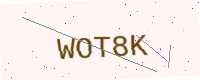
Text: WOT8K